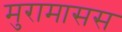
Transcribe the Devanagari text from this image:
मुरामासस